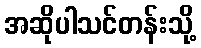
အဆိုပါသင်တန်းသို့